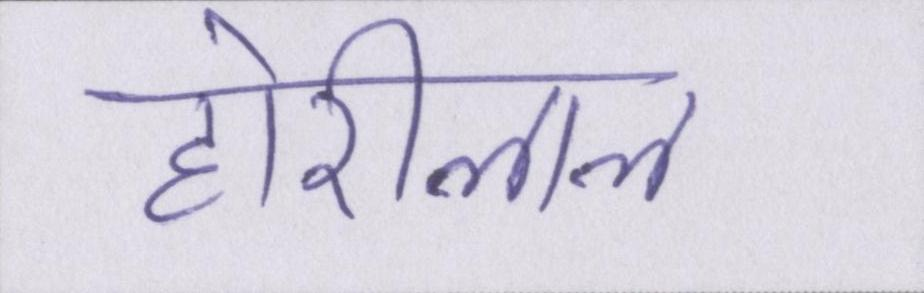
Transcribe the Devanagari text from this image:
होरीलाल